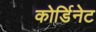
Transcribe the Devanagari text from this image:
कोर्डिनेट